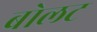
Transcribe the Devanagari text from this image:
बोलट